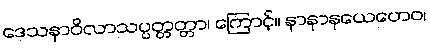
ဒေသနာဝိလာသပ္ပတ္တတ္တာ၊ ကြောင့်။ နာနာနယေဟေဝ၊